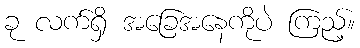
ခု လက်ရှိ အခြေအနေကိုပဲ ကြည့်။